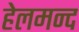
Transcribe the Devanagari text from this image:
हेलमन्द